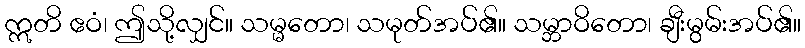
ဣတိ ဧဝံ၊ ဤသို့လျှင်။ သမ္မတော၊ သမုတ်အပ်၏။ သမ္ဘာဝိတော၊ ချီးမွမ်းအပ်၏။